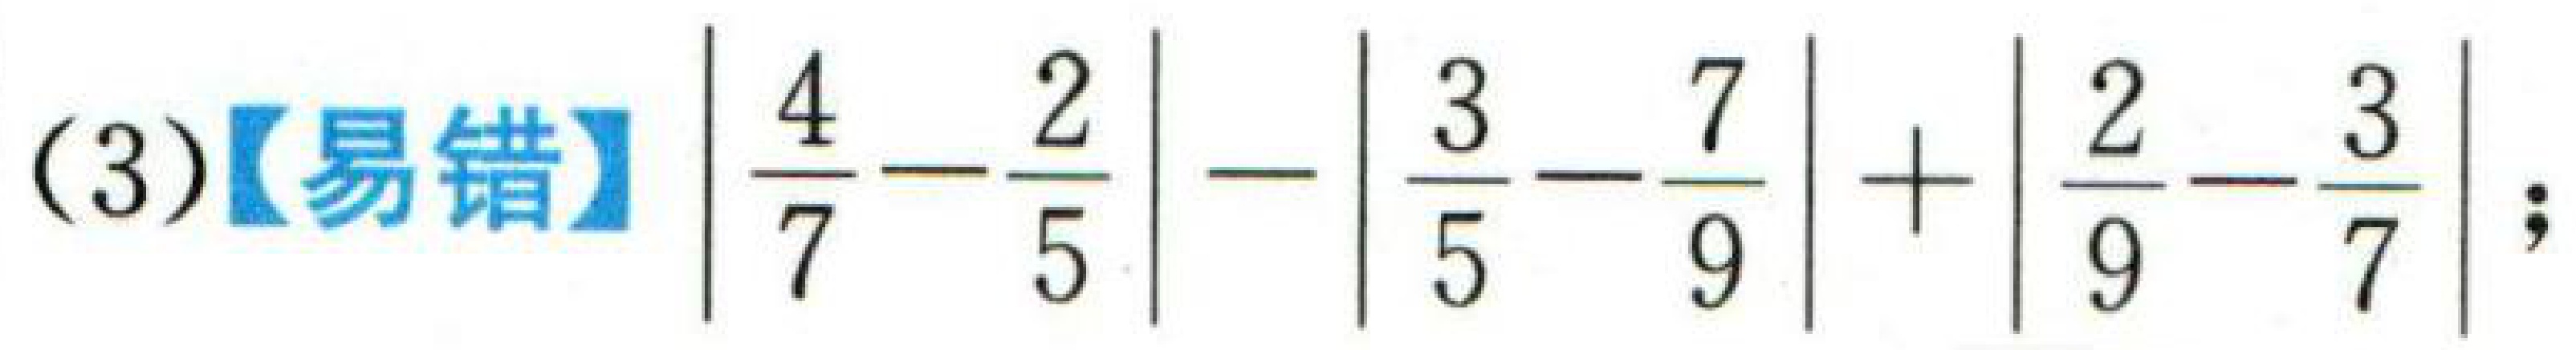
(3)【易错】$\left|\dfrac{4}{7}-\dfrac{2}{5}\right|-\left|\dfrac{3}{5}-\dfrac{7}{9}\right|+\left|\dfrac{2}{9}-\dfrac{3}{7}\right|$;